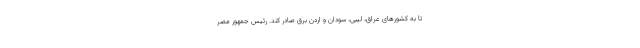
تا به کشورهای عراق، لیبی، سودان و اردن برق صادر کند. رئیس جمهور مصر